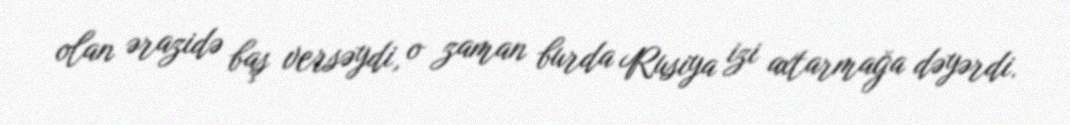
olan ərazidə baş versəydi, o zaman burda Rusiya izi axtarmağa dəyərdi.